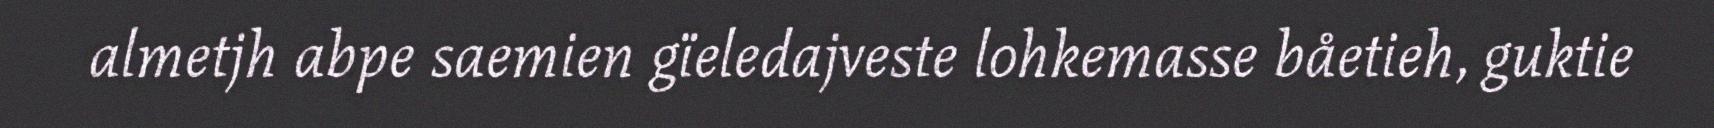
almetjh abpe saemien gïeledajveste lohkemasse båetieh, guktie